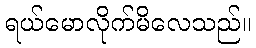
ရယ်မောလိုက်မိလေသည်။